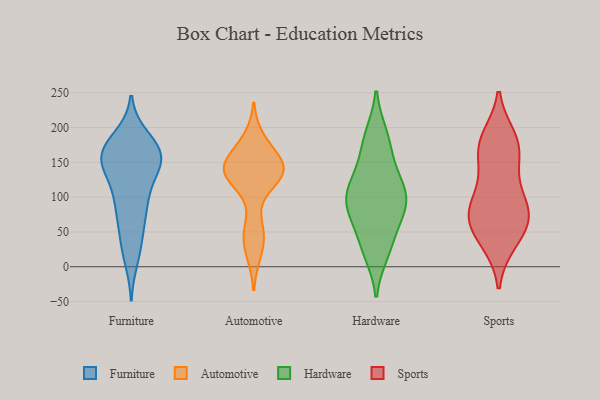
{"axis": {"x": "Population (Million)", "y": "Value"}, "legend": ["Automotive", "Furniture", "Hardware", "Sports"], "data": [{"x": "", "y": 85, "type": "Furniture"}, {"x": "", "y": 74, "type": "Furniture"}, {"x": "", "y": 158, "type": "Furniture"}, {"x": "", "y": 77, "type": "Furniture"}, {"x": "", "y": 110, "type": "Furniture"}, {"x": "", "y": 158, "type": "Furniture"}, {"x": "", "y": 168, "type": "Furniture"}, {"x": "", "y": 164, "type": "Furniture"}, {"x": "", "y": 145, "type": "Furniture"}, {"x": "", "y": 164, "type": "Furniture"}, {"x": "", "y": 163, "type": "Furniture"}, {"x": "", "y": 131, "type": "Furniture"}, {"x": "", "y": 13, "type": "Furniture"}, {"x": "", "y": 95, "type": "Furniture"}, {"x": "", "y": 37, "type": "Furniture"}, {"x": "", "y": 153, "type": "Furniture"}, {"x": "", "y": 144, "type": "Furniture"}, {"x": "", "y": 184, "type": "Furniture"}, {"x": "", "y": 174, "type": "Furniture"}, {"x": "", "y": 29, "type": "Furniture"}, {"x": "", "y": 56, "type": "Automotive"}, {"x": "", "y": 146, "type": "Automotive"}, {"x": "", "y": 122, "type": "Automotive"}, {"x": "", "y": 166, "type": "Automotive"}, {"x": "", "y": 138, "type": "Automotive"}, {"x": "", "y": 137, "type": "Automotive"}, {"x": "", "y": 44, "type": "Automotive"}, {"x": "", "y": 142, "type": "Automotive"}, {"x": "", "y": 19, "type": "Automotive"}, {"x": "", "y": 183, "type": "Automotive"}, {"x": "", "y": 131, "type": "Automotive"}, {"x": "", "y": 140, "type": "Automotive"}, {"x": "", "y": 67, "type": "Hardware"}, {"x": "", "y": 101, "type": "Hardware"}, {"x": "", "y": 97, "type": "Hardware"}, {"x": "", "y": 107, "type": "Hardware"}, {"x": "", "y": 113, "type": "Hardware"}, {"x": "", "y": 28, "type": "Hardware"}, {"x": "", "y": 189, "type": "Hardware"}, {"x": "", "y": 20, "type": "Hardware"}, {"x": "", "y": 141, "type": "Hardware"}, {"x": "", "y": 91, "type": "Hardware"}, {"x": "", "y": 27, "type": "Hardware"}, {"x": "", "y": 66, "type": "Hardware"}, {"x": "", "y": 170, "type": "Hardware"}, {"x": "", "y": 188, "type": "Hardware"}, {"x": "", "y": 79, "type": "Hardware"}, {"x": "", "y": 100, "type": "Hardware"}, {"x": "", "y": 137, "type": "Hardware"}, {"x": "", "y": 93, "type": "Sports"}, {"x": "", "y": 177, "type": "Sports"}, {"x": "", "y": 175, "type": "Sports"}, {"x": "", "y": 35, "type": "Sports"}, {"x": "", "y": 36, "type": "Sports"}, {"x": "", "y": 63, "type": "Sports"}, {"x": "", "y": 70, "type": "Sports"}, {"x": "", "y": 175, "type": "Sports"}, {"x": "", "y": 149, "type": "Sports"}, {"x": "", "y": 87, "type": "Sports"}, {"x": "", "y": 72, "type": "Sports"}, {"x": "", "y": 185, "type": "Sports"}, {"x": "", "y": 62, "type": "Sports"}, {"x": "", "y": 129, "type": "Sports"}, {"x": "", "y": 91, "type": "Sports"}]}